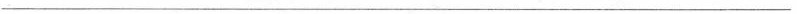
___